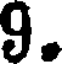
9.